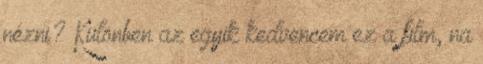
nézni? Különben az egyik kedvencem ez a film, na